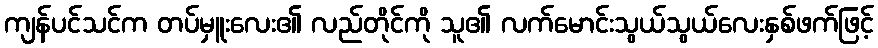
ကျန်ပင်သင်က တပ်မှူးလေး၏ လည်တိုင်ကို သူ၏ လက်မောင်းသွယ်သွယ်လေးနှစ်ဖက်ဖြင့်